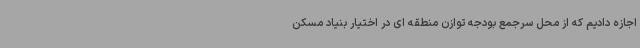
اجازه دادیم که از محل سرجمع بودجه توازن منطقه ای در اختیار بنیاد مسکن